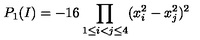
P _ { 1 } ( I ) = - 1 6 \prod _ { 1 \le i < j \le 4 } ( x _ { i } ^ { 2 } - x _ { j } ^ { 2 } ) ^ { 2 }